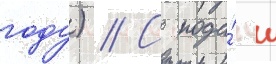
году) // С пода́чи